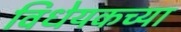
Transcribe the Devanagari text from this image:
विधेयकच्या